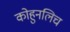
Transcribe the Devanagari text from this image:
कोहुनलिच